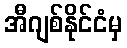
အီဂျစ်နိုင်ငံမှ